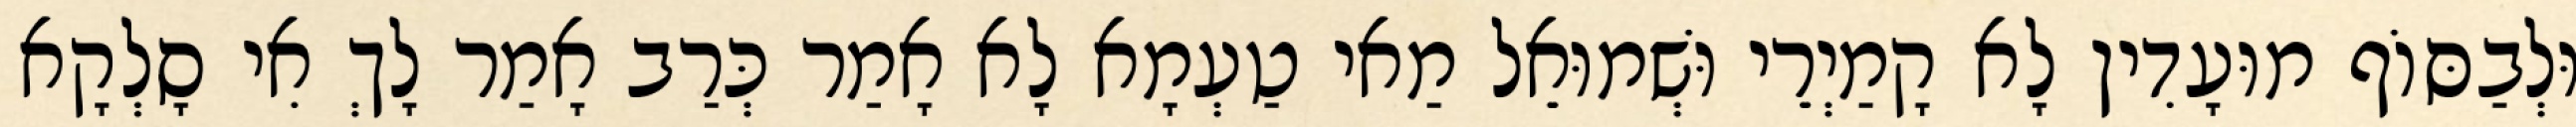
וּלְבַסּוֹף מוּעָדִין לָא קָמַיְרֵי וּשְׁמוּאֵל מַאי טַעְמָא לָא אָמַר כְּרַב אָמַר לָךְ אִי סָלְקָא